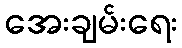
အေးချမ်းရေး